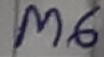
Text: M6